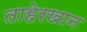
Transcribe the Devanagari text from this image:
ताहेरखान